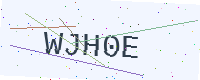
Text: WJH0E